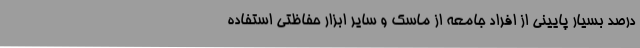
درصد بسیار پایینی از افراد جامعه از ماسک و سایر ابزار حفاظتی استفاده